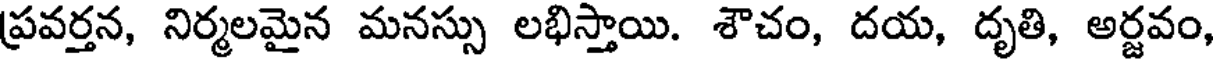
ప్రవర్తన, నిర్మలమైన మనస్సు లభిస్తాయి. శౌచం, దయ, దృతి, అర్జవం,